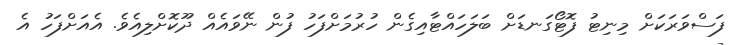
ފަސްވަރަކަށް މިނިޓު ފޮޓޯގަނޑަށް ބަލަހައްޓާއިގެން ހުރުމަށްފަހު ފުން ނޭވައެއް ދޫކޮށްލިއެވެ. އެއަށްފަހު އެ